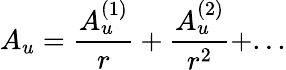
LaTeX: A_{u}=\frac{A_{u}^{(1)}}{r}+\frac{A_{u}^{(2)}}{r^{2}}+...